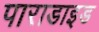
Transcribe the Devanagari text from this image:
पाराडाइड